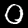
Label: 0